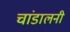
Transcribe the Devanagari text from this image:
चांडालनी